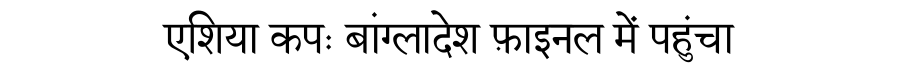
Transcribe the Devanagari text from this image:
एशिया कपः बांग्लादेश फ़ाइनल में पहुंचा